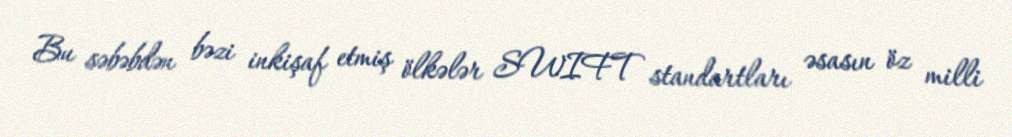
Bu səbəbdən bəzi inkişaf etmiş ölkələr SWIFT standartları əsasın öz milli